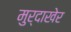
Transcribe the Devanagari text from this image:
मुर्दाखेर